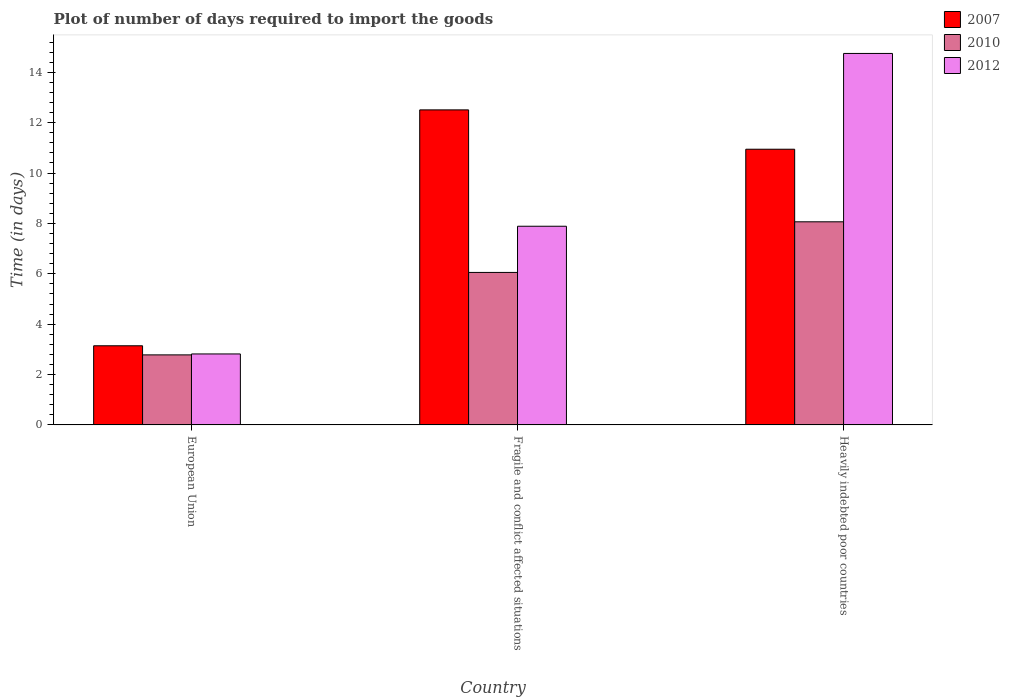
| Country | 2007 | 2010 | 2012 |
 | --- | --- | --- | --- |
 | European Union | 3.14 | 2.78 | 2.82 |
 | Fragile and conflict affected situations | 12.5 | 6.05 | 7.89 |
 | Heavily indebted poor countries | 10.9 | 8.06 | 14.8 |